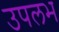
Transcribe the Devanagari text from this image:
उपलभ